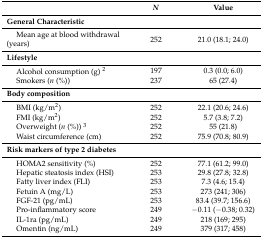
|  | N | Value |
 | --- | --- | --- |
 | General Characteristic |  |  |
 | Mean age at blood withdrawal (years) | 252 | 21.0 (18.1; 24.0) |
 | Lifestyle |  |  |
 | Alcohol consumption (g) 2 | 197 | 0.3 (0.0; 6.0) |
 | Smokers (n (%)) | 237 | 65 (27.4) |
 | Body composition |  |  |
 | BMI (kg/m2) | 252 | 22.1 (20.6; 24.6) |
 | FMI (kg/m2) | 252 | 5.7 (3.8; 7.2) |
 | Overweight (n (%)) 3 | 252 | 55 (21.8) |
 | Waist circumference (cm) | 252 | 75.9 (70.8; 80.9) |
 | Risk markers of type 2 diabetes |  |  |
 | HOMA2 sensitivity (%) | 252 | 77.1 (61.2; 99.0) |
 | Hepatic steatosis index (HSI) | 253 | 29.8 (27.8; 32.8) |
 | Fatty liver index (FLI) | 253 | 7.3 (4.6; 15.4) |
 | Fetuin A (mg/L) | 253 | 273 (241; 306) |
 | FGF-21 (pg/mL) | 253 | 83.4 (39.7; 156.6) |
 | Pro-inflammatory score | 249 | −0.11 (−0.38; 0.32) |
 | IL-1ra (pg/mL) | 249 | 218 (169; 295) |
 | Omentin (ng/mL) | 249 | 379 (317; 458) |